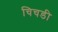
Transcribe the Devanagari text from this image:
चिचडी